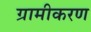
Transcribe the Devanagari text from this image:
ग्रामीकरण